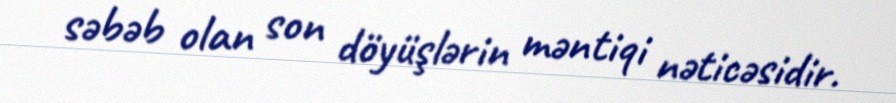
səbəb olan son döyüşlərin məntiqi nəticəsidir.